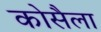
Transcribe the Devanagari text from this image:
कोसैला